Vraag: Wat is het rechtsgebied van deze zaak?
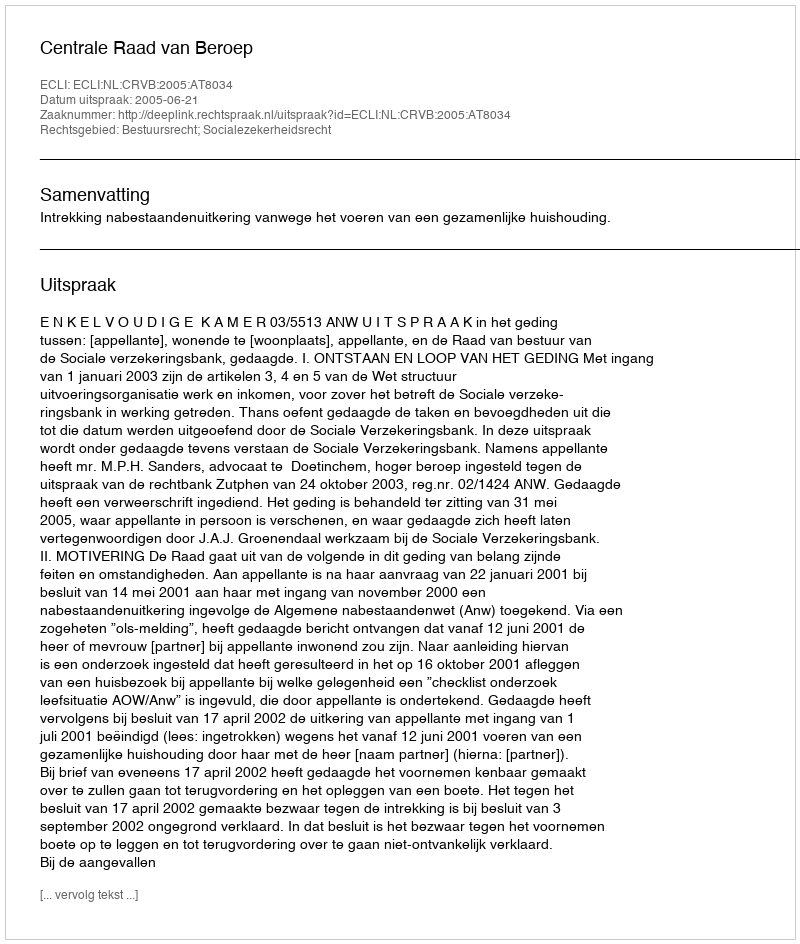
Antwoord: Bestuursrecht; Socialezekerheidsrecht